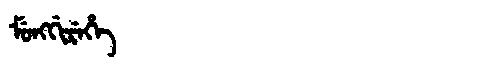
Manchu: ᠮᡠᠩᡤᡳᡵᡝᡥᡝ
Romanization: MUNGGIREHE